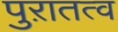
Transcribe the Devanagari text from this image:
पुऱातत्व